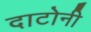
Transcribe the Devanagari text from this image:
दाटोनी